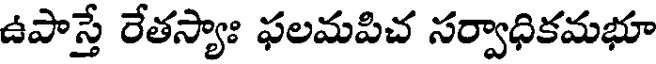
ఉపాస్తే రేతస్యాః ఫలమపిచ సర్వాధికమభూ